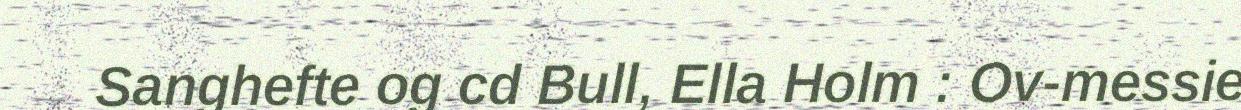
Sanghefte og cd Bull, Ella Holm : Ov-messie